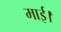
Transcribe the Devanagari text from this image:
माई।